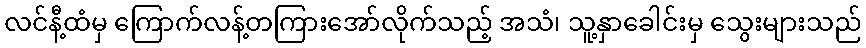
လင်နီ့ထံမှ ကြောက်လန့်တကြားအော်လိုက်သည့် အသံ၊ သူ့နှာခေါင်းမှ သွေးများသည်